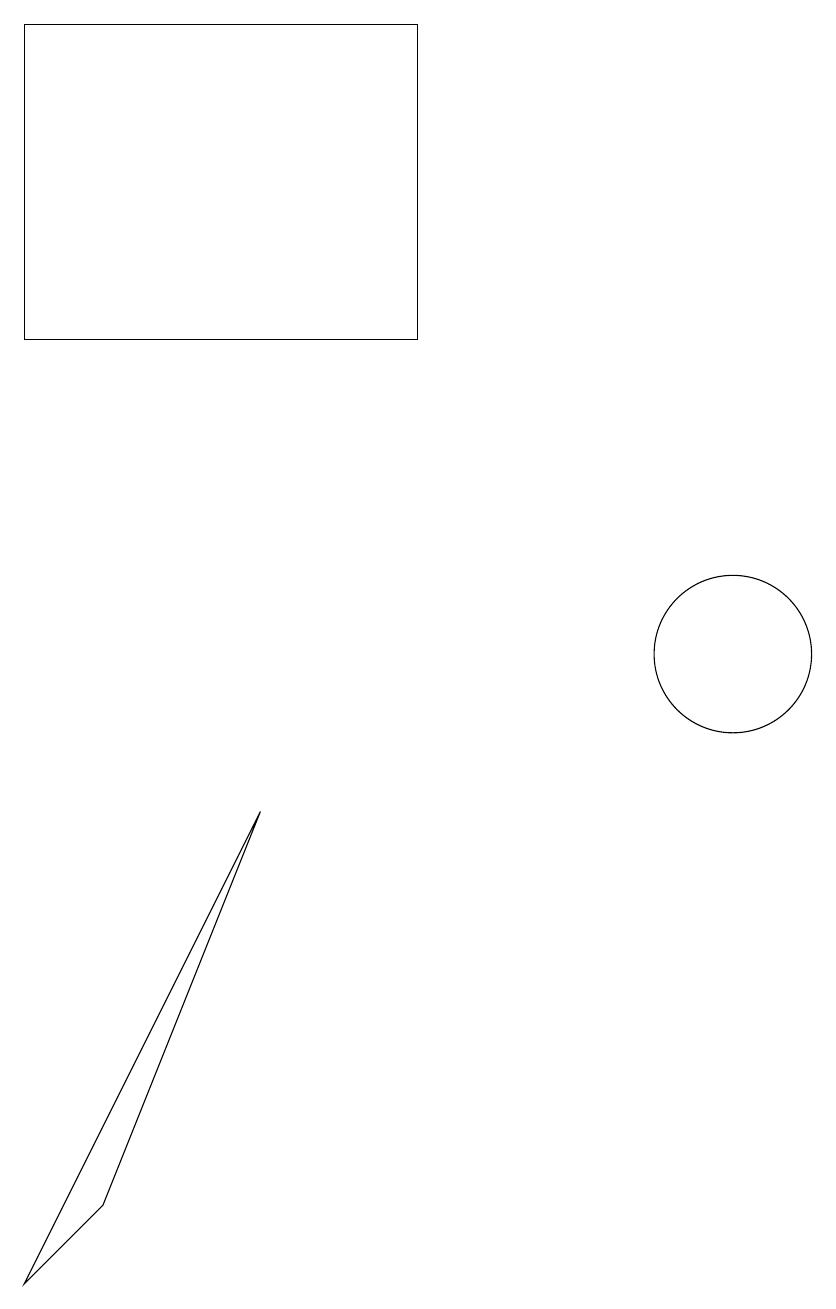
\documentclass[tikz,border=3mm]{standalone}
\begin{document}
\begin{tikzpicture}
\draw (10,11) circle (1);
\draw (1,3) -- (2,4) -- (4,9) -- cycle;
\draw (1,19) rectangle (6,15);
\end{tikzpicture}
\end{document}